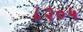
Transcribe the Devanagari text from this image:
८२०५